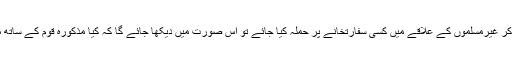
اگر مسلمانوں کے علاقے سے باہر جاکر غیرمسلموں کے علاقے میں کسی سفارتخانے پر حملہ کیا جائے تو اس صورت میں دیکھا جائے گا کہ کیا مذکورہ قوم کے ساتھ مسلمانوں کا امن کا معاہدہ تھا یا نہیں ؟